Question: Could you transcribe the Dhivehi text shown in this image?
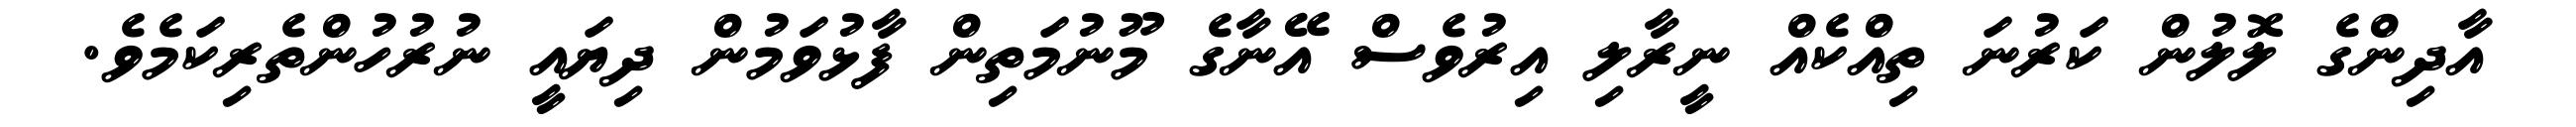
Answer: އާދިންގެ ލޮލުން ކަރުނަ ތިއްކެއް ނީރާލި އިރުވެސް އޭނާގެ މޫނުމަތިން ފާޅުވަމުން ދިޔައީ ނުރުހުންތެރިކަމެވެ.